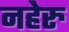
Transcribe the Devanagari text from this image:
नहेरु